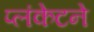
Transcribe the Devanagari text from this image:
प्लंकेटने